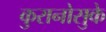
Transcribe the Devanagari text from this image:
कुरानोसुके